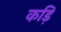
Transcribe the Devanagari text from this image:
कड़ि